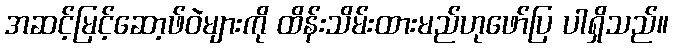
အဆင့်မြင့်ဆော့ဖ်ဝဲများကို ထိန်းသိမ်းထားမည်ဟုဖော်ပြ ပါရှိသည်။